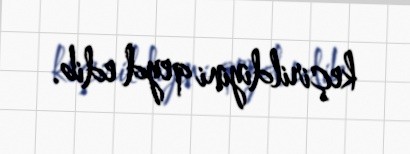
keçirildiyini qeyd edib.